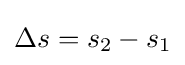
\Delta s=s_{2}-s_{1}